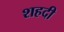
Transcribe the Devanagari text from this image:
शहदी